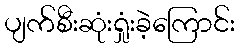
ပျက်စီးဆုံးရှုံးခဲ့ကြောင်း